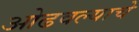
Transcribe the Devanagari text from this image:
ओढवल्याचे